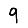
Digit: 9